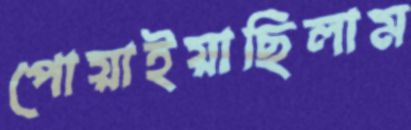
পোয়াইয়াছিলাম